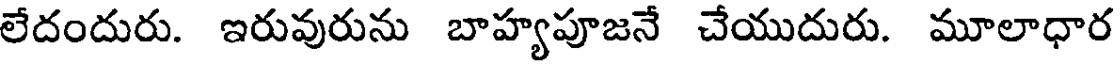
లేదందురు. ఇరువురును బాహ్యపూజనే చేయుదురు. మూలాధార